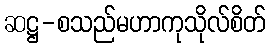
ဆဋ္ဌ-စသည်မဟာကုသိုလ်စိတ်